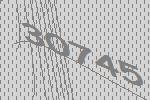
30745